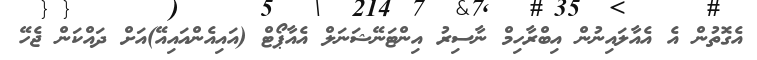
އެގޮތުން އެ އެއާލައިނުން އިބްރާހިމް ނާސިރު އިންޓަނޭޝަނަލް އެއާޕޯޓް (އައިއެންއައިއޭ)އަށް ދައްކަން ޖެހޭ